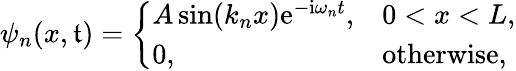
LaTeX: \psi_{n}(x,\mathfrak{t})={\left\{ \begin{array}{ll}{A\sin(k_{n}x)\mathrm{e}^{-\mathrm{i}\omega_{n}t},}&{0<x<L,}\\ {0,}&{{\mathrm{otherwise,}}}\end{array}\right.}